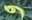
و